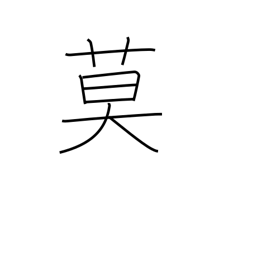
Meaning: must not